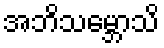
အဘိသမ္ဘောသိ